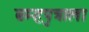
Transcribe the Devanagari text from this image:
ब्रम्हपुत्राला